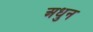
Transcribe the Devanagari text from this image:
अधुन